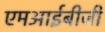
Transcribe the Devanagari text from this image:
एमआईबीजी